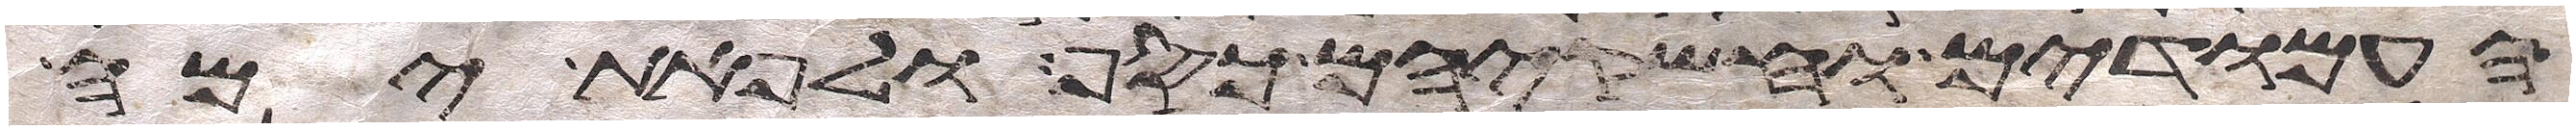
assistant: העמודים וחשקיהם כסף ולפאת ימה